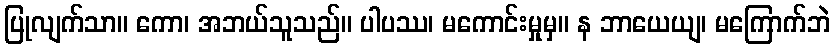
ပြုလျက်သာ။ ကော၊ အဘယ်သူသည်။ ပါပဿ၊ မကောင်းမှုမှ။ န ဘာယေယျ၊ မကြောက်ဘဲ